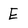
Character: E